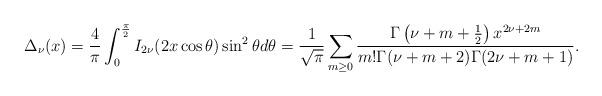
LaTeX: \begin{align*}\Delta_{\nu}(x)=\frac{4}{\pi}\int_0^{\frac{\pi}{2}}I_{2\nu}(2x\cos\theta)\sin^2\theta d\theta=\frac{1}{\sqrt{\pi}}\sum_{m\geq0}\frac{\Gamma\left(\nu+m+\frac{1}{2}\right)x^{2\nu+2m}}{m!\Gamma(\nu+m+2)\Gamma(2\nu+m+1)}.\end{align*}